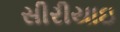
સીરીયાઇ